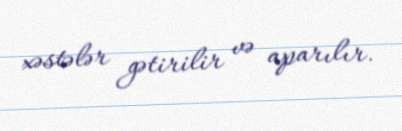
xəstələr gətirilir və aparılır.